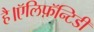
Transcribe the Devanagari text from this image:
है।ऍलिफ़ॅन्टिडी